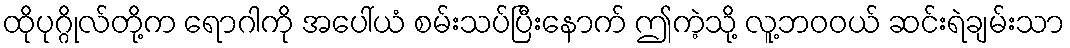
ထိုပုဂ္ဂိုလ်တို့က ရောဂါကို အပေါ်ယံ စမ်းသပ်ပြီးနောက် ဤကဲ့သို့ လူ့ဘဝဝယ် ဆင်းရဲချမ်းသာ